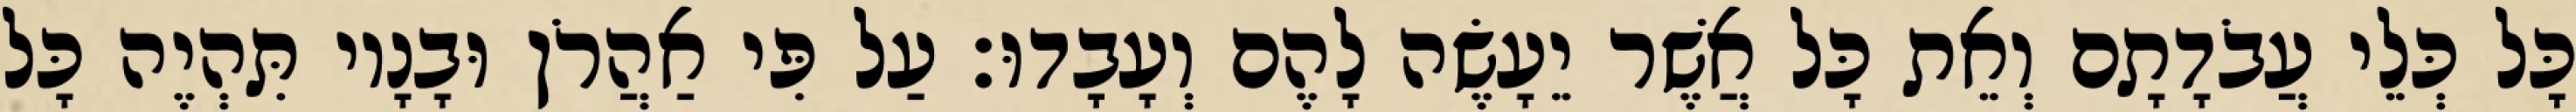
כָּל כְּלֵי עֲבֹדָתָם וְאֵת כָּל אֲשֶׁר יֵעָשֶׂה לָהֶם וְעָבָדוּ׃ עַל פִּי אַהֲרֹן וּבָנָיו תִּהְיֶה כָּל